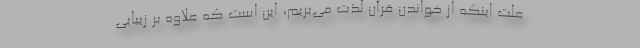
علت اینکه از خواندن قرآن لذت می‌بریم، این است که علاوه بر زیبایی